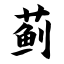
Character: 蓟